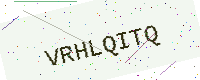
Text: VRHLQITQ